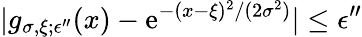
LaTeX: |g_{\sigma,\xi;\epsilon^{\prime\prime}}(x)-\mathrm{e}^{-(x-\xi)^{2}/(2\sigma^{2})}|\le\epsilon^{\prime\prime}